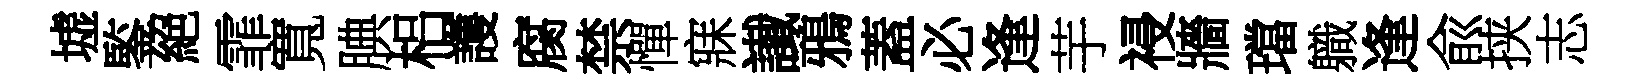
墟鍳絕霏寬腆梠護腐禁憚寐䜟鴉蓋必逢芋祲牆璫軄逢兪挟志